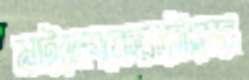
মাইক্রোকেরাটোমের